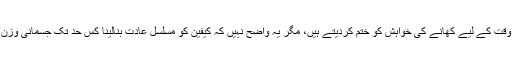
کیفین والے مشروبات کچھ وقت کے لیے کھانے کی خواہش کو ختم کردیتے ہیں، مگر یہ واضح نہیں کہ کیفین کو مسلسل عادت بنالینا کس حد تک جسمانی وزن میں کمی میں مدد دیتا ہے۔